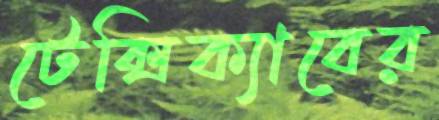
টেক্সিক্যাবের